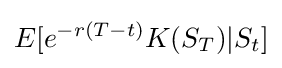
E[e^{-r(T-t)}K(S_{T})|S_{t}]